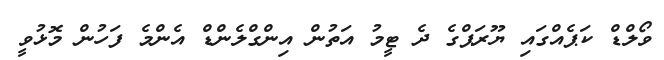
ވޯލްޑް ކަޕެއްްގައި ޔޫރަޕްގެ ދެ ޓީމު އަތުން އިންގްލެންޑް އެންމެ ފަހުން މޮޅުވީ